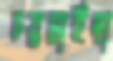
চরমাইছা